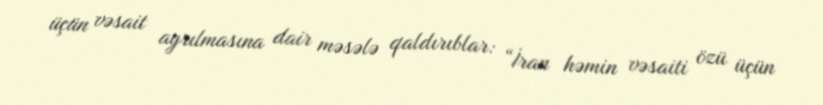
üçün vəsait ayrılmasına dair məsələ qaldırıblar: “İran həmin vəsaiti özü üçün